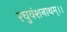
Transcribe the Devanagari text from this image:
रघुवंशनाथम्।।